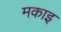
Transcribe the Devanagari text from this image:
मकाइ